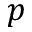
p